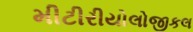
મીટીરીયોલોજીકલ